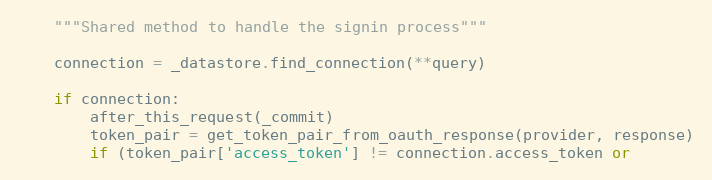
Language: Python
    """Shared method to handle the signin process"""

    connection = _datastore.find_connection(**query)

    if connection:
        after_this_request(_commit)
        token_pair = get_token_pair_from_oauth_response(provider, response)
        if (token_pair['access_token'] != connection.access_token or